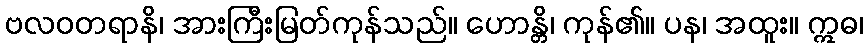
ဗလဝတရာနိ၊ အားကြီးမြတ်ကုန်သည်။ ဟောန္တိ၊ ကုန်၏။ ပန၊ အထူး။ ဣဓ၊